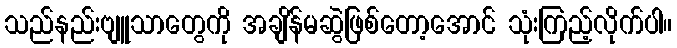
သည်နည်းဗျူသာတွေကို အချိန်မဆွဲဖြစ်တော့အောင် သုံးကြည့်လိုက်ပါ။